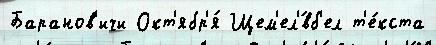
Баранов'ичи Окт'ябр'я́ Щем'ел'́вб'ел т'е́кста